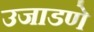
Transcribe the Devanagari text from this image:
उजाडणे